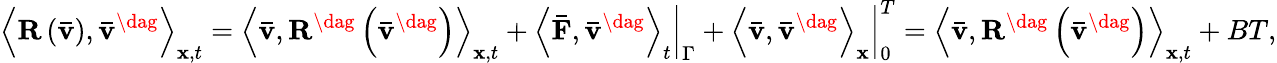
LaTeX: {\left\langle{{\mathbf{R}}\left({{\mathbf{\bar{v}}}}\right),{{{\mathbf{\bar{v}}}}^{\dag}}}\right\rangle_{{\mathbf{x}},t}}={\left\langle{{\mathbf{\bar{v}}},{{\mathbf{R}}^{\dag}}\left({{{{\mathbf{\bar{v}}}}^{\dag}}}\right)}\right\rangle_{{\mathbf{x}},t}}+{\left.{{{\left\langle{{\mathbf{\bar{F}}},{{{\mathbf{\bar{v}}}}^{\dag}}}\right\rangle}_{t}}}\right|_{\Gamma}}+\left.{{{\left\langle{{\mathbf{\bar{v}}},{{{\mathbf{\bar{v}}}}^{\dag}}}\right\rangle}_{\mathbf{x}}}}\right|_{0}^{T}={\left\langle{{\mathbf{\bar{v}}},{{\mathbf{R}}^{\dag}}\left({{{{\mathbf{\bar{v}}}}^{\dag}}}\right)}\right\rangle_{{\mathbf{x}},t}}+BT,